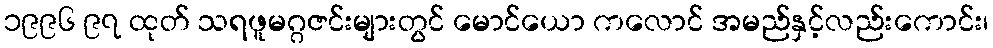
၁၉၉၆ ၉၇ ထုတ် သရဖူမဂ္ဂဇင်းများတွင် မောင်ယော ကလောင် အမည်နှင့်လည်းကောင်း၊